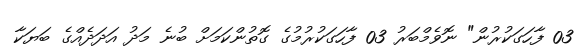
03 ފާހަގަކުރުން" ނޮވެމްބަރު 03 ފާހަގަކުރުމުގެ ގޮތުންކަމަށް ބުނެ މަދު އަދަދެއްގެ ބަޔަކާ